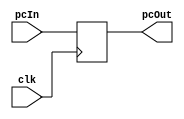
module PC(pcIn,pcOut,clk);
parameter	PC_LENGTH = 32;

input [PC_LENGTH-1:0] pcIn;
input clk;
output reg [PC_LENGTH-1:0] pcOut;

initial
begin
	pcOut = 32'h0000_0000;
end

always @(posedge clk)
begin
	pcOut = pcIn;
end
  
endmodule